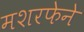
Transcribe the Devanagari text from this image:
मशरफेने